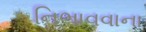
નિભાવવાના